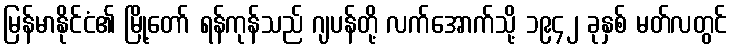
မြန်မာနိုင်ငံ၏ မြို့တော် ရန်ကုန်သည် ဂျပန်တို့ လက်အောက်သို့ ၁၉၄၂ ခုနှစ် မတ်လတွင်